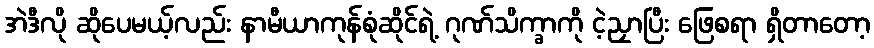
အဲဒီလို ဆိုပေမယ့်လည်း နာမီယာကုန်စုံဆိုင်ရဲ့ ဂုဏ်သိက္ခာကို ငဲ့ညှာပြီး ဖြေစရာ ရှိတာတော့